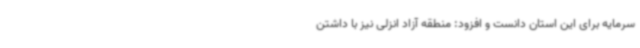
سرمایه برای این استان دانست و افزود: منطقه آزاد انزلی نیز با داشتن